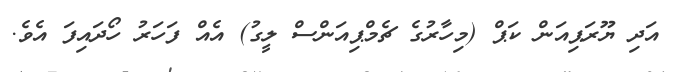
އަދި ޔޫރަޕިއަން ކަޕް (މިހާރުގެ ޗެމްޕިއަންސް ލީގު) އެއް ފަހަރު ހޯދައިފަ އެވެ.